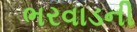
ભરવાડની